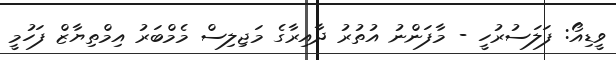
ވީޑިއޯ: ފަލަސުރުހީ - މާފަންނު އުތުރު ދާއިރާގެ މަޖިލިސް މެމްބަރު އިމްތިޔާޒް ފަހުމީ